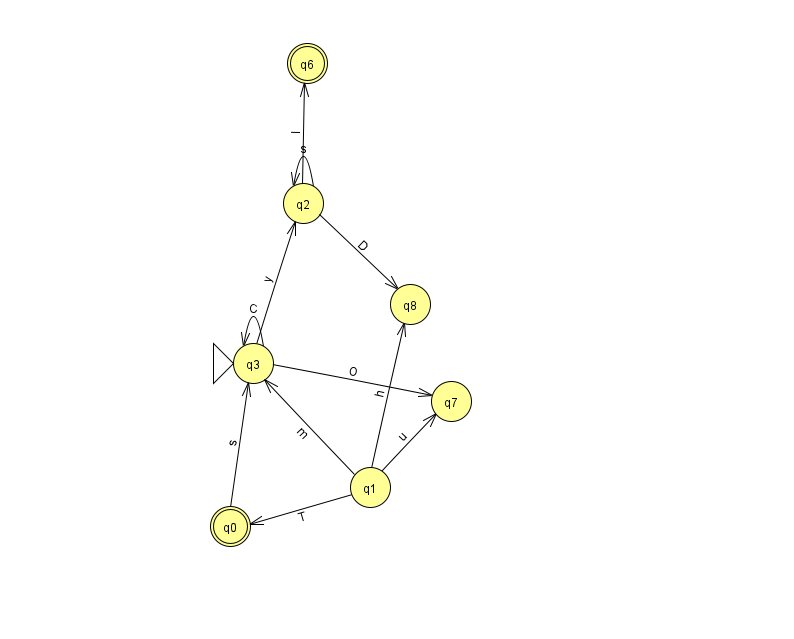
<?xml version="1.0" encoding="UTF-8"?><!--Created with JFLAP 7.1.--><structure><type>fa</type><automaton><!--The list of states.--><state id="0" name="q0"><x>230.0</x><y>513.0</y><final/></state><state id="1" name="q1"><x>370.0</x><y>474.0</y></state><state id="2" name="q2"><x>303.0</x><y>190.0</y></state><state id="3" name="q3"><x>253.0</x><y>350.0</y><initial/></state><state id="6" name="q6"><x>307.0</x><y>50.0</y><final/></state><state id="7" name="q7"><x>451.0</x><y>388.0</y></state><state id="8" name="q8"><x>410.0</x><y>291.0</y></state><!--The list of transitions.--><transition><from>2</from><to>6</to><read>I</read></transition><transition><from>2</from><to>8</to><read>D</read></transition><transition><from>2</from><to>2</to><read>s</read></transition><transition><from>3</from><to>3</to><read>C</read></transition><transition><from>1</from><to>7</to><read>u</read></transition><transition><from>3</from><to>2</to><read>y</read></transition><transition><from>0</from><to>3</to><read>s</read></transition><transition><from>1</from><to>3</to><read>m</read></transition><transition><from>3</from><to>7</to><read>O</read></transition><transition><from>1</from><to>0</to><read>T</read></transition><transition><from>1</from><to>8</to><read>h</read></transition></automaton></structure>